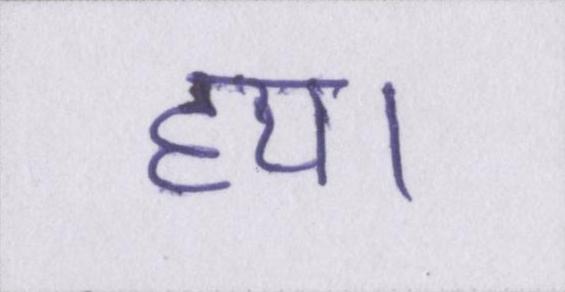
हय।